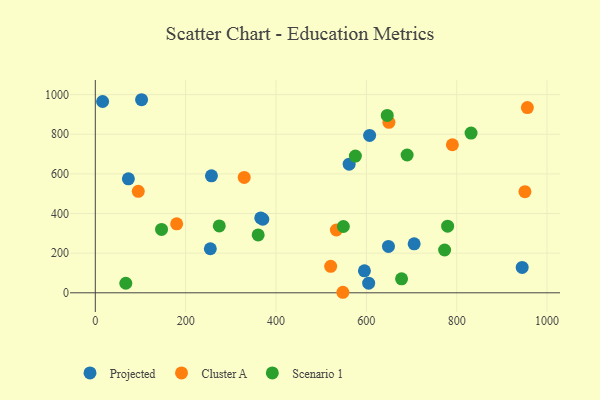
{"axis": {"x": "Distance", "y": "Profit"}, "legend": ["Cluster A", "Projected", "Scenario 1"], "data": [{"x": "605.1", "y": 48.6, "type": "Projected"}, {"x": "73.2", "y": 575.0, "type": "Projected"}, {"x": "254.6", "y": 222.2, "type": "Projected"}, {"x": "561.9", "y": 649.3, "type": "Projected"}, {"x": "607.2", "y": 794.2, "type": "Projected"}, {"x": "648.9", "y": 234.0, "type": "Projected"}, {"x": "370.8", "y": 371.2, "type": "Projected"}, {"x": "102.4", "y": 974.3, "type": "Projected"}, {"x": "366.2", "y": 377.9, "type": "Projected"}, {"x": "595.7", "y": 111.1, "type": "Projected"}, {"x": "705.8", "y": 247.1, "type": "Projected"}, {"x": "16.2", "y": 965.3, "type": "Projected"}, {"x": "944.9", "y": 128.2, "type": "Projected"}, {"x": "257.1", "y": 590.1, "type": "Projected"}, {"x": "790.4", "y": 747.0, "type": "Cluster A"}, {"x": "521.0", "y": 133.4, "type": "Cluster A"}, {"x": "180.1", "y": 347.9, "type": "Cluster A"}, {"x": "956.4", "y": 934.8, "type": "Cluster A"}, {"x": "951.0", "y": 510.4, "type": "Cluster A"}, {"x": "329.6", "y": 582.2, "type": "Cluster A"}, {"x": "95.1", "y": 512.1, "type": "Cluster A"}, {"x": "548.0", "y": 2.7, "type": "Cluster A"}, {"x": "649.9", "y": 860.1, "type": "Cluster A"}, {"x": "533.6", "y": 316.9, "type": "Cluster A"}, {"x": "677.9", "y": 70.6, "type": "Scenario 1"}, {"x": "360.5", "y": 292.2, "type": "Scenario 1"}, {"x": "831.7", "y": 806.0, "type": "Scenario 1"}, {"x": "549.1", "y": 334.5, "type": "Scenario 1"}, {"x": "779.9", "y": 336.2, "type": "Scenario 1"}, {"x": "274.4", "y": 337.3, "type": "Scenario 1"}, {"x": "690.2", "y": 695.4, "type": "Scenario 1"}, {"x": "575.7", "y": 689.8, "type": "Scenario 1"}, {"x": "646.2", "y": 894.9, "type": "Scenario 1"}, {"x": "773.2", "y": 216.1, "type": "Scenario 1"}, {"x": "146.6", "y": 319.8, "type": "Scenario 1"}, {"x": "67.5", "y": 48.2, "type": "Scenario 1"}]}